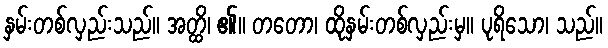
နှမ်းတစ်လှည်းသည်။ အတ္ထိ၊ ၏။ တတော၊ ထိုနှမ်းတစ်လှည်းမှ။ ပုရိသော၊ သည်။